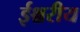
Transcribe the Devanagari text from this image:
ईश्चरीय